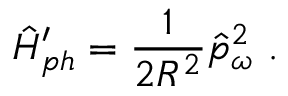
\hat { H } _ { p h } ^ { \prime } = \frac { 1 } { 2 R ^ { 2 } } \hat { p } _ { \omega } ^ { 2 } \ .